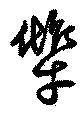
犨